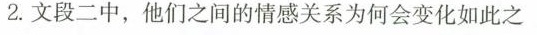
2.文段二中，他们之间的情感关系为何会变化如此之